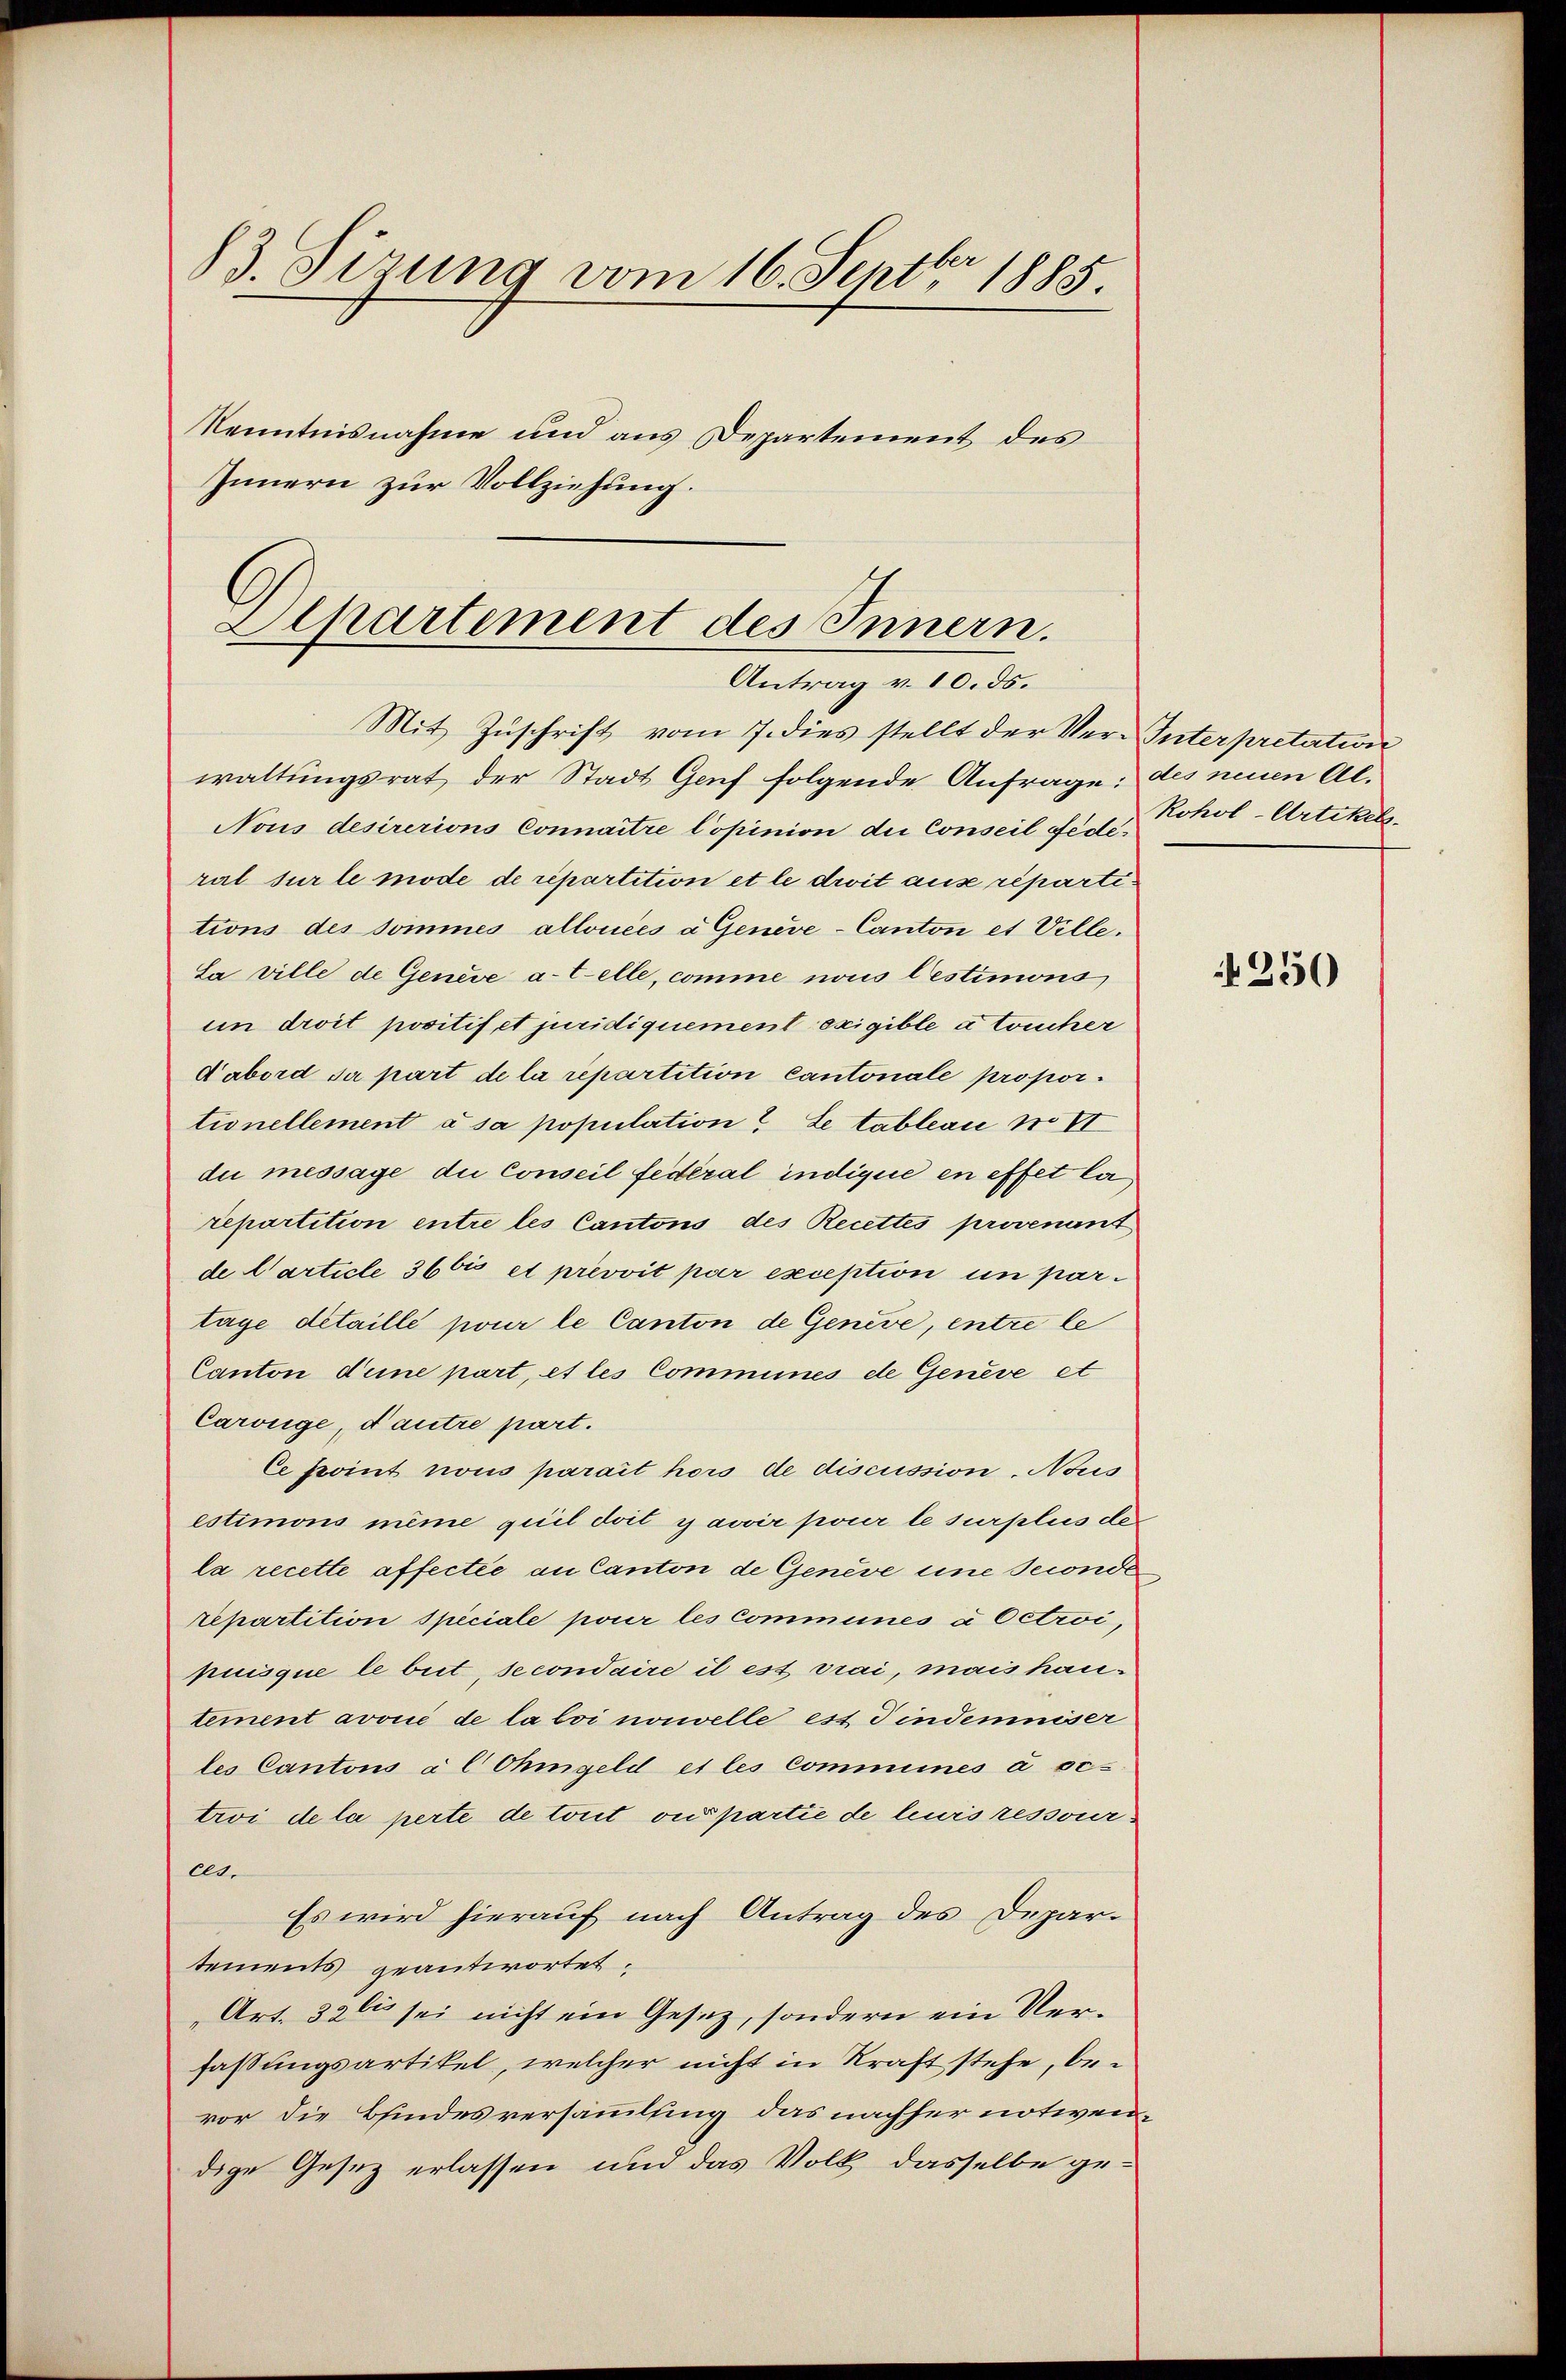
83. Sirung vom 16. Septbr 1885
Kenntnisnahme und aus Departement des
Innern zur Vollziehung.

Aipartement des Innern.
Antrag v. 10. ds.
Mit Zŭschrift vom 7. dies stellt der Ver-Interpretation

waltungsrat der Stadt Genf folgende Anfrage: des neuen Al-
Nous desirerions Connaitre Copinion die Conseil es  Fohol-Artikels
ral sur le mode de repartition et le droit ause répartitions des domines allouées à Geneve-Canton et Ville.
Sa ville de Genève a-telle, comme nous lestimons
un droit positif et juridiquement exigible à toucher
d’abord sa part de la repartition Cantonale proportionellement à sa population. Le tableau No VI
du messaye die Conseil fédéral indique en effet la
repartition entre les Cantons des Recettes provenant
de Carticle 36 bis et prévvit par exception in partage detaille pour le Canton de Genève, entre le
Canton deine part, et les Commines de Geneve et
Carüge, d’autre part.
Ce point nous parait hors de discussion, Nous
estimons même quil doit y avoir pour le surplus de
la recette affectée an Canton de Genève eine seconde
repartition speciale pour les commeines a Octroi,
puisque le beit, secondaire il est drai, mais hautement avoué de la loi nouvelle est Tindemniser
les Cantons à l Ohmgeld et les Commines à oc-
troi de la perte de tout ou partie de lais ressourels.
Es wird hierauf nach Antrag des Departements geantwortet:
Art. 326 sei nicht ein Gesetz, sondern ein Verfassungsartikel, welcher nicht in Kraft stehe, bevor die Bindesversammlung das nachher notivendige Gesez erlassen und das Volk, dasselbe ge¬

250